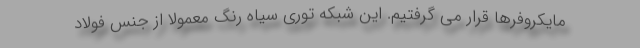
مایکروفرها قرار می گرفتیم. این شبکه توری سیاه رنگ معمولاً از جنس فولاد